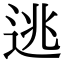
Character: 逃